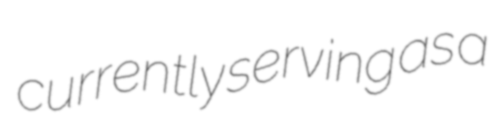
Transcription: currently serving as a